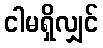
ငါမရှိလျှင်